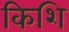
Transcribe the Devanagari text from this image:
किशि